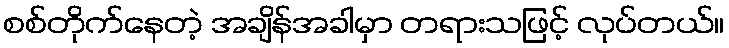
စစ်တိုက်နေတဲ့ အချိန်အခါမှာ တရားသဖြင့် လုပ်တယ်။